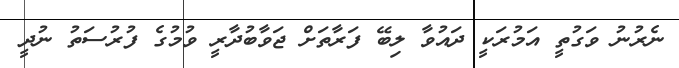
ނެރުނު ވަގުތީ އަމުރަކީ ދައުވާ ލިބޭ ފަރާތަށް ޖަވާބުދާރީ ވުމުގެ ފުރުސަތު ނުދީ